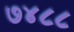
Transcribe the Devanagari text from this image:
७४८८